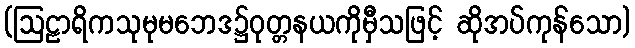
(ဩဠာရိကသုမုမဘေဒ၌ဝုတ္တနယကိုမှီသဖြင့် ဆိုအပ်ကုန်သော)